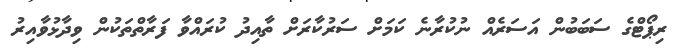
ރިޕޯޓްގެ ސަބަބުން އަސަރެއް ނުކުރާނެ ކަމަށް ސަރުކާރަށް ތާއިދު ކުރައްވާ ފަރާތްތަކުން ވިދާޅުވާއިރު